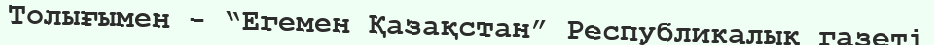
Толығымен - “Егемен Қазақстан” Республикалық газеті